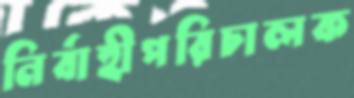
নির্বাহীপরিচালক